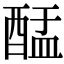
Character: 䣿